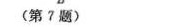
(第7题)